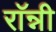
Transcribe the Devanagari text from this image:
राॅन्नी